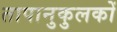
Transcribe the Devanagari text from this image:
तापानुकुलकों